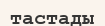
тастады